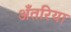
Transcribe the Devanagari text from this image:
अँतरिया